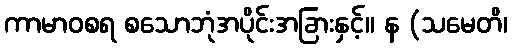
ကာမာဝစရ စသောဘုံအပိုင်းအခြားနှင့်။ န (သမေတိ၊